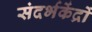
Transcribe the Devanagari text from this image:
संदर्भकेंद्रों